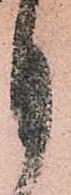
月